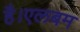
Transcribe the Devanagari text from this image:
है।एलबम